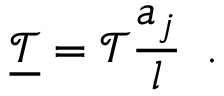
\underline { { \mathcal { T } } } = \mathcal { T } \frac { a _ { j } } { l } \, \mathrm { ~ . ~ }